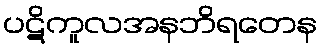
ပဋိကူလအနဘိရတေန